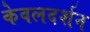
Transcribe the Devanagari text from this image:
केवलदर्शन